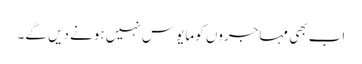
اب بھی مہاجروں کو مایوس نہیں ہونے دیں گے۔